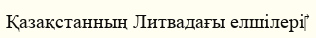
Қазақстанның Литвадағы елшілері‎